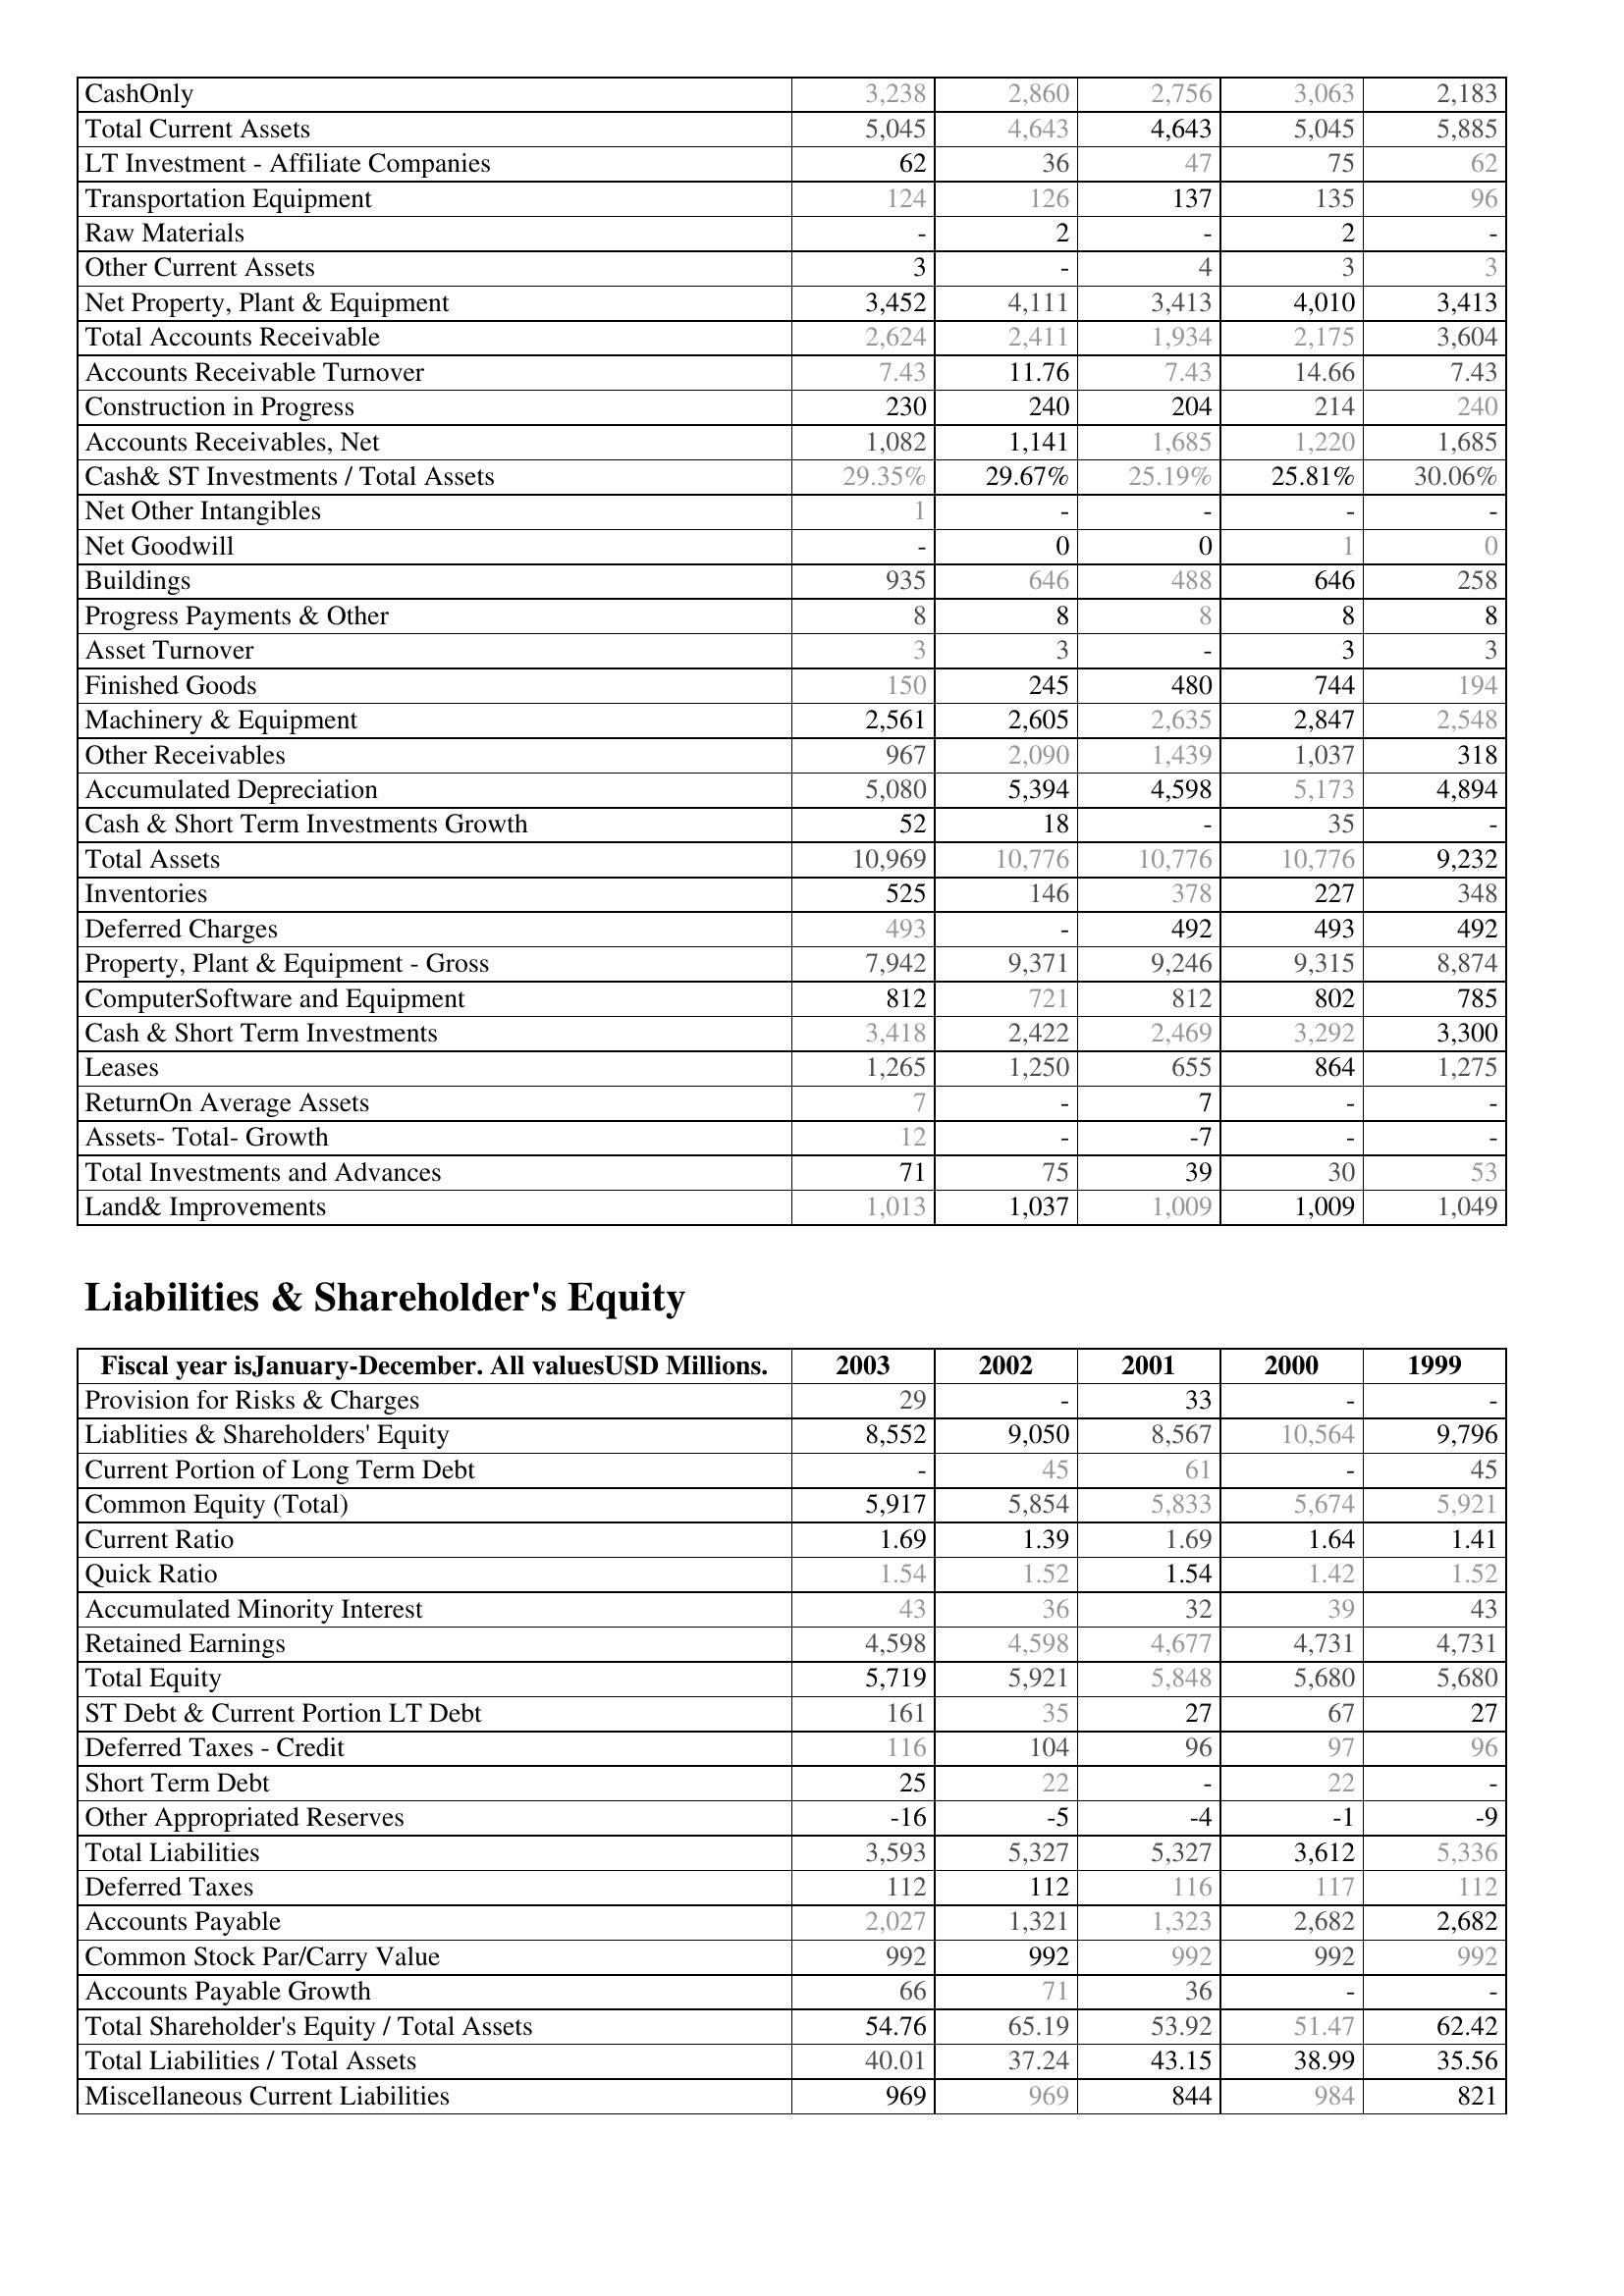
2003: Assets: CashOnly: 3,238
Total Current Assets: 5,045
LT Investment - Affiliate Companies: 62
Transportation Equipment: 124
Raw Materials: -
Other Current Assets: 3
Net Property, Plant & Equipment: 3,452
Total Accounts Receivable: 2,624
Accounts Receivable Turnover: 7.43
Construction in Progress: 230
Accounts Receivables, Net: 1,082
Cash& ST Investments / Total Assets: 29.35%
Net Other Intangibles: 1
Net Goodwill: -
Buildings: 935
Progress Payments & Other: 8
Asset Turnover: 3
Finished Goods: 150
Machinery & Equipment: 2,561
Other Receivables: 967
Accumulated Depreciation: 5,080
Cash & Short Term Investments Growth: 52
Total Assets: 10,969
Inventories: 525
Deferred Charges: 493
Property, Plant & Equipment - Gross : 7,942
ComputerSoftware and Equipment: 812
Cash & Short Term Investments: 3,418
Leases: 1,265
ReturnOn Average Assets: 7
Assets- Total- Growth: 12
Total Investments and Advances: 71
Land& Improvements: 1,013
Liabilities & Shareholder's Equity: Provision for Risks & Charges: 29
Liablities & Shareholders' Equity: 8,552
Current Portion of Long Term Debt: -
Common Equity (Total): 5,917
Current Ratio: 1.69
Quick Ratio: 1.54
Accumulated Minority Interest: 43
Retained Earnings: 4,598
Total Equity: 5,719
ST Debt & Current Portion LT Debt: 161
Deferred Taxes - Credit: 116
Short Term Debt: 25
Other Appropriated Reserves: -16
Total Liabilities: 3,593
Deferred Taxes: 112
Accounts Payable: 2,027
Common Stock Par/Carry Value: 992
Accounts Payable Growth: 66
Total Shareholder's Equity / Total Assets: 54.76
Total Liabilities / Total Assets: 40.01
Miscellaneous Current Liabilities: 969
2002: Assets: CashOnly: 2,860
Total Current Assets: 4,643
LT Investment - Affiliate Companies: 36
Transportation Equipment: 126
Raw Materials: 2
Other Current Assets: -
Net Property, Plant & Equipment: 4,111
Total Accounts Receivable: 2,411
Accounts Receivable Turnover: 11.76
Construction in Progress: 240
Accounts Receivables, Net: 1,141
Cash& ST Investments / Total Assets: 29.67%
Net Other Intangibles: -
Net Goodwill: 0
Buildings: 646
Progress Payments & Other: 8
Asset Turnover: 3
Finished Goods: 245
Machinery & Equipment: 2,605
Other Receivables: 2,090
Accumulated Depreciation: 5,394
Cash & Short Term Investments Growth: 18
Total Assets: 10,776
Inventories: 146
Deferred Charges: -
Property, Plant & Equipment - Gross : 9,371
ComputerSoftware and Equipment: 721
Cash & Short Term Investments: 2,422
Leases: 1,250
ReturnOn Average Assets: -
Assets- Total- Growth: -
Total Investments and Advances: 75
Land& Improvements: 1,037
Liabilities & Shareholder's Equity: Provision for Risks & Charges: -
Liablities & Shareholders' Equity: 9,050
Current Portion of Long Term Debt: 45
Common Equity (Total): 5,854
Current Ratio: 1.39
Quick Ratio: 1.52
Accumulated Minority Interest: 36
Retained Earnings: 4,598
Total Equity: 5,921
ST Debt & Current Portion LT Debt: 35
Deferred Taxes - Credit: 104
Short Term Debt: 22
Other Appropriated Reserves: -5
Total Liabilities: 5,327
Deferred Taxes: 112
Accounts Payable: 1,321
Common Stock Par/Carry Value: 992
Accounts Payable Growth: 71
Total Shareholder's Equity / Total Assets: 65.19
Total Liabilities / Total Assets: 37.24
Miscellaneous Current Liabilities: 969
2001: Assets: CashOnly: 2,756
Total Current Assets: 4,643
LT Investment - Affiliate Companies: 47
Transportation Equipment: 137
Raw Materials: -
Other Current Assets: 4
Net Property, Plant & Equipment: 3,413
Total Accounts Receivable: 1,934
Accounts Receivable Turnover: 7.43
Construction in Progress: 204
Accounts Receivables, Net: 1,685
Cash& ST Investments / Total Assets: 25.19%
Net Other Intangibles: -
Net Goodwill: 0
Buildings: 488
Progress Payments & Other: 8
Asset Turnover: -
Finished Goods: 480
Machinery & Equipment: 2,635
Other Receivables: 1,439
Accumulated Depreciation: 4,598
Cash & Short Term Investments Growth: -
Total Assets: 10,776
Inventories: 378
Deferred Charges: 492
Property, Plant & Equipment - Gross : 9,246
ComputerSoftware and Equipment: 812
Cash & Short Term Investments: 2,469
Leases: 655
ReturnOn Average Assets: 7
Assets- Total- Growth: -7
Total Investments and Advances: 39
Land& Improvements: 1,009
Liabilities & Shareholder's Equity: Provision for Risks & Charges: 33
Liablities & Shareholders' Equity: 8,567
Current Portion of Long Term Debt: 61
Common Equity (Total): 5,833
Current Ratio: 1.69
Quick Ratio: 1.54
Accumulated Minority Interest: 32
Retained Earnings: 4,677
Total Equity: 5,848
ST Debt & Current Portion LT Debt: 27
Deferred Taxes - Credit: 96
Short Term Debt: -
Other Appropriated Reserves: -4
Total Liabilities: 5,327
Deferred Taxes: 116
Accounts Payable: 1,323
Common Stock Par/Carry Value: 992
Accounts Payable Growth: 36
Total Shareholder's Equity / Total Assets: 53.92
Total Liabilities / Total Assets: 43.15
Miscellaneous Current Liabilities: 844
2000: Assets: CashOnly: 3,063
Total Current Assets: 5,045
LT Investment - Affiliate Companies: 75
Transportation Equipment: 135
Raw Materials: 2
Other Current Assets: 3
Net Property, Plant & Equipment: 4,010
Total Accounts Receivable: 2,175
Accounts Receivable Turnover: 14.66
Construction in Progress: 214
Accounts Receivables, Net: 1,220
Cash& ST Investments / Total Assets: 25.81%
Net Other Intangibles: -
Net Goodwill: 1
Buildings: 646
Progress Payments & Other: 8
Asset Turnover: 3
Finished Goods: 744
Machinery & Equipment: 2,847
Other Receivables: 1,037
Accumulated Depreciation: 5,173
Cash & Short Term Investments Growth: 35
Total Assets: 10,776
Inventories: 227
Deferred Charges: 493
Property, Plant & Equipment - Gross : 9,315
ComputerSoftware and Equipment: 802
Cash & Short Term Investments: 3,292
Leases: 864
ReturnOn Average Assets: -
Assets- Total- Growth: -
Total Investments and Advances: 30
Land& Improvements: 1,009
Liabilities & Shareholder's Equity: Provision for Risks & Charges: -
Liablities & Shareholders' Equity: 10,564
Current Portion of Long Term Debt: -
Common Equity (Total): 5,674
Current Ratio: 1.64
Quick Ratio: 1.42
Accumulated Minority Interest: 39
Retained Earnings: 4,731
Total Equity: 5,680
ST Debt & Current Portion LT Debt: 67
Deferred Taxes - Credit: 97
Short Term Debt: 22
Other Appropriated Reserves: -1
Total Liabilities: 3,612
Deferred Taxes: 117
Accounts Payable: 2,682
Common Stock Par/Carry Value: 992
Accounts Payable Growth: -
Total Shareholder's Equity / Total Assets: 51.47
Total Liabilities / Total Assets: 38.99
Miscellaneous Current Liabilities: 984
1999: Assets: CashOnly: 2,183
Total Current Assets: 5,885
LT Investment - Affiliate Companies: 62
Transportation Equipment: 96
Raw Materials: -
Other Current Assets: 3
Net Property, Plant & Equipment: 3,413
Total Accounts Receivable: 3,604
Accounts Receivable Turnover: 7.43
Construction in Progress: 240
Accounts Receivables, Net: 1,685
Cash& ST Investments / Total Assets: 30.06%
Net Other Intangibles: -
Net Goodwill: 0
Buildings: 258
Progress Payments & Other: 8
Asset Turnover: 3
Finished Goods: 194
Machinery & Equipment: 2,548
Other Receivables: 318
Accumulated Depreciation: 4,894
Cash & Short Term Investments Growth: -
Total Assets: 9,232
Inventories: 348
Deferred Charges: 492
Property, Plant & Equipment - Gross : 8,874
ComputerSoftware and Equipment: 785
Cash & Short Term Investments: 3,300
Leases: 1,275
ReturnOn Average Assets: -
Assets- Total- Growth: -
Total Investments and Advances: 53
Land& Improvements: 1,049
Liabilities & Shareholder's Equity: Provision for Risks & Charges: -
Liablities & Shareholders' Equity: 9,796
Current Portion of Long Term Debt: 45
Common Equity (Total): 5,921
Current Ratio: 1.41
Quick Ratio: 1.52
Accumulated Minority Interest: 43
Retained Earnings: 4,731
Total Equity: 5,680
ST Debt & Current Portion LT Debt: 27
Deferred Taxes - Credit: 96
Short Term Debt: -
Other Appropriated Reserves: -9
Total Liabilities: 5,336
Deferred Taxes: 112
Accounts Payable: 2,682
Common Stock Par/Carry Value: 992
Accounts Payable Growth: -
Total Shareholder's Equity / Total Assets: 62.42
Total Liabilities / Total Assets: 35.56
Miscellaneous Current Liabilities: 821